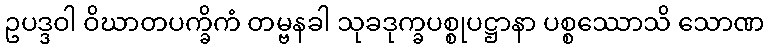
ဥပဒ္ဒဝါ ဝိဃာတပက္ခိကံ တမ္ဗနခါ သုခဒုက္ခပစ္စုပဋ္ဌာနာ ပစ္စဿောသိ သောဏ